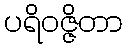
ပရိဝဇ္ဇိတာ